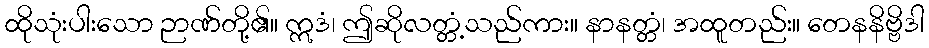
ထိုသုံးပါးသော ဉာဏ်တို့၏။ ဣဒံ၊ ဤဆိုလတ္တံ့သည်ကား။ နာနတ္တံ၊ အထူတည်း။ တေနနိဗ္ဗိဒါ